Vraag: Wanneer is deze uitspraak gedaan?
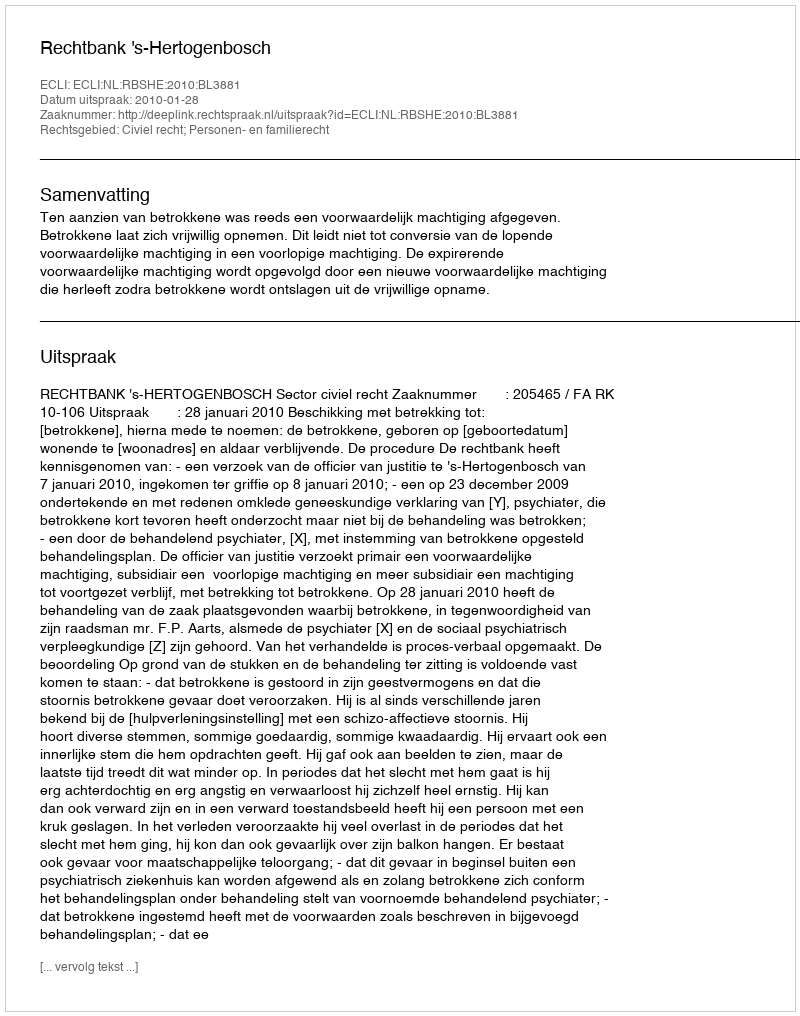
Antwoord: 2010-01-28